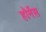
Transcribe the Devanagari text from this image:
हॉर्नेस